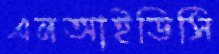
এনআইডিসি